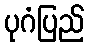
ပုဂံပြည်